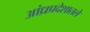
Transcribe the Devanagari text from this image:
आंध्रप्रदेशातले